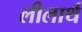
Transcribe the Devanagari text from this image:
लीलार्थ